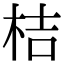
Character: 桔